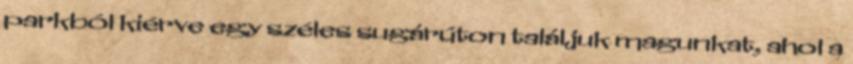
parkból kiérve egy széles sugárúton találjuk magunkat, ahol a